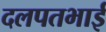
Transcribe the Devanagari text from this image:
दलपतभाई